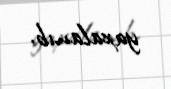
yaxalanıb.